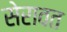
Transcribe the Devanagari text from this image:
सेरावत